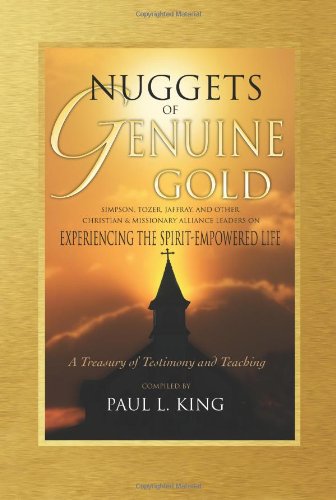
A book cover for Nuggets of Genuine Gold: Experiencing the Spirit-Empowered Life -- A Treasury of Testimony and Teaching; Paul L King; Christian Books & Bibles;